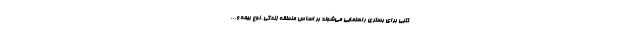
کتبی برای بستری راهنمایی می‌شوند بر اساس منطقه زندگی، نوع بیمه و...